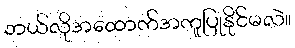
ဘယ်လိုအထောက်အကူပြုနိုင်မလဲ။